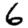
Digit: 6